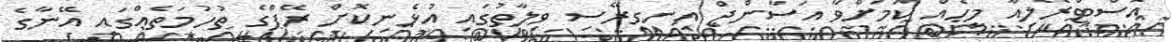
އޮސްޓްރޭލިއާ މީހެއް ކަމަށްވާ އަސާންޖް އިނގިރޭސި ވިލާތުގައި އުޅެނިކޮށް ރޭޕްގެ ތުހުމަތެއްގައި އޭނާގެ